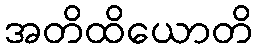
အတိထိယောတိ